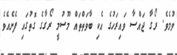
ވުމެވެ. ރޯގާ ޖައްސާ ވައިރަހުގެ އެކި ބާވަތްތައް މޫސުމީ ރޯގާގެ ގޮތުގައި ފެނެއެވެ